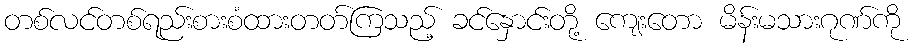
တစ်လင်တစ်ရည်းစားစံထားတတ်ကြသည့် ခင်နှောင်းတို့ ကျေးတော မိန်းမသားဂုဏ်ကို